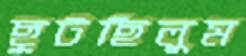
ছুটছিলুম